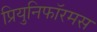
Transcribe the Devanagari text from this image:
प्रियुनिफॉरमस